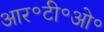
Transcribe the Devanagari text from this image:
आर॰टी॰ओ॰